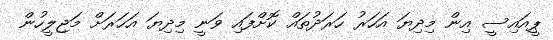
ޕީއައިސީ އިން މިދިޔަ އަހަރު ހަރަދުތައް ކޮށްފައި ވަނީ މިދިޔަ އަހަރަށް މަޖިލީހުން